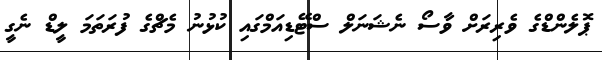
ޕޮލެންޑްގެ ވެރިރަށް ވާސޯ ނެޝަނަލް ސްޓޭޑިއަމްގައި ކުޅުނު މެޗްގެ ފުރަތަމަ ލީޑް ނެގީ